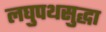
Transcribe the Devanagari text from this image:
लघुपथसुद्धा